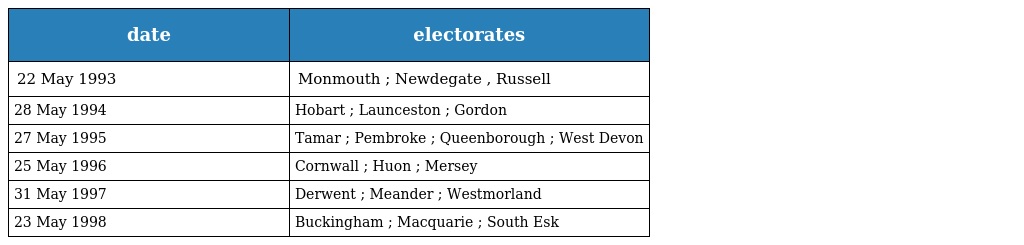
| date | electorates |
 | --- | --- |
 | 22 May 1993 | Monmouth ; Newdegate , Russell |
 | 28 May 1994 | Hobart ; Launceston ; Gordon |
 | 27 May 1995 | Tamar ; Pembroke ; Queenborough ; West Devon |
 | 25 May 1996 | Cornwall ; Huon ; Mersey |
 | 31 May 1997 | Derwent ; Meander ; Westmorland |
 | 23 May 1998 | Buckingham ; Macquarie ; South Esk |